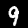
Digit: 9